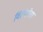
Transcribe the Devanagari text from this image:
विटंबनेचा